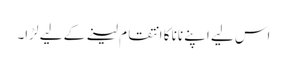
اس لیے اپنے نانا کا انتقام لینے کے لیے لڑا۔